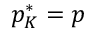
p _ { K } ^ { * } = p